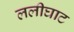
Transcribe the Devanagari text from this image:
ललीघाट